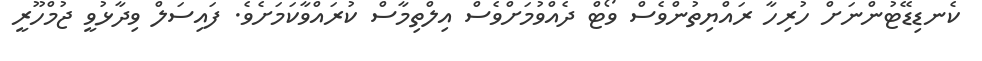
ކެނޑިޑޭޓުންނަށް ހުރިހާ ރައްޔިތުންވެސް ވޯޓް ދެއްވުމަށްވެސް އިލްތިމާސް ކުރައްވާކަމަށެވެ. ފައިސަލް ވިދާޅުވީ ޖުމްހޫރީ